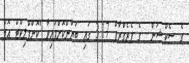
ގެ ސެކްޝަން  ގެ ޕެރެގްރާފް 3.17 ގައި ބަޔާންކޮށްފައިވާ "ކޮންފްލިކްޓް އޮފް